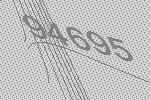
94695